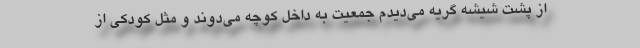
از پشت شیشه گریه می‌دیدم جمعیت به داخل کوچه می‌دوند و مثل کودکی از